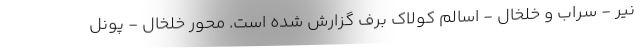
نیر - سراب و خلخال - اسالم کولاک برف گزارش شده است. محور خلخال - پونل